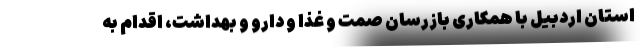
استان اردبیل با همکاری بازرسان صمت و غذا و دارو و بهداشت، اقدام به